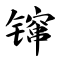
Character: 镩